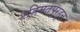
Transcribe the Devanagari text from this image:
रहिमतपूरहून